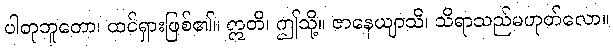
ပါတုဘူတော၊ ထင်ရှားဖြစ်၏။ ဣတိ၊ ဤသို့။ ဇာနေယျာသိ၊ သိရာသည်မဟုတ်လော။